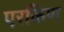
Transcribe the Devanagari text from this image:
एरकिण